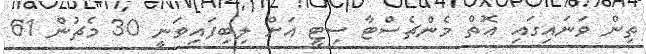
ތިން ވަނައިގައި އޮތް މެންޗެސްޓާ ސިޓީ އަށް ލިބިފައިވަނީ 30 މެޗުން 61